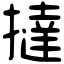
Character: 撻